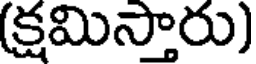
(క్షమిస్తారు)